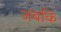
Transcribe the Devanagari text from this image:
जबकि